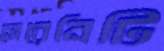
সেরেনিটি